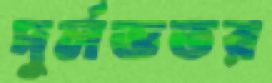
দুর্লভতর